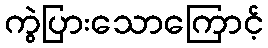
ကွဲပြားသောကြောင့်